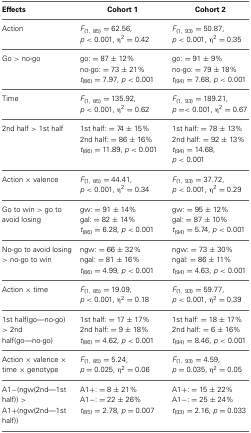
<table><thead><tr><td><b>Effects</b></td><td><b>Cohort 1</b></td><td><b>Cohort 2</b></td></tr></thead><tbody><tr><td>Action</td><td><i>F</i><sub>(1, 85)</sub> = 62.56, <i>p</i> &lt; 0.001, η<sup>2</sup> = 0.42</td><td><i>F</i><sub>(1, 93)</sub> = 50.87, <i>p</i> &lt; 0.001, η<sup>2</sup> = 0.35</td></tr><tr><td>Go &gt; no-go</td><td>go: = 87 ± 12% no-go: = 73 ± 21% <i>t</i><sub>(86)</sub> = 7.97, <i>p</i> &lt; 0.001</td><td>go: = 91 ± 9% no-go: = 79 ± 18% <i>t</i><sub>(94)</sub> = 7.68, <i>p</i> &lt; 0.001</td></tr><tr><td>Time</td><td><i>F</i><sub>(1, 85)</sub> = 135.92, <i>p</i> &lt; 0.001, η<sup>2</sup> = 0.62</td><td><i>F</i><sub>(1, 93)</sub> = 189.21, <i>p</i> = &lt; 0.001, η<sup>2</sup> = 0.67</td></tr><tr><td>2nd half &gt; 1st half</td><td>1st half: = 74 ± 15% 2nd half: = 86 ± 16% <i>t</i><sub>(86)</sub> = 11.89, <i>p</i> &lt; 0.001</td><td>1st half: = 78 ± 13% 2nd half: = 92 ± 13% <i>t</i><sub>(94)</sub> = 14.68, <i>p</i> &lt; 0.001</td></tr><tr><td>Action × valence</td><td><i>F</i><sub>(1, 85)</sub> = 44.41, <i>p</i> &lt; 0.001, η<sup>2</sup> = 0.34</td><td><i>F</i><sub>(1, 93)</sub> = 37.72, <i>p</i> &lt; 0.001, η<sup>2</sup> = 0.29</td></tr><tr><td>Go to win &gt; go to avoid losing</td><td>gw: = 91 ± 14% gal: = 82 ± 14% <i>t</i><sub>(86)</sub> = 6.28, <i>p</i> &lt; 0.001</td><td>gw: = 95 ± 12% gal: = 87 ± 10% <i>t</i><sub>(94)</sub> = 5.74, <i>p</i> &lt; 0.001</td></tr><tr><td>No-go to avoid losing &gt; no-go to win</td><td>ngw: = 66 ± 32% ngal: = 81 ± 16% <i>t</i><sub>(86)</sub> = 4.99, <i>p</i> &lt; 0.001</td><td>ngw: = 73 ± 30% ngal: = 86 ± 11% <i>t</i><sub>(94)</sub> = 4.63, <i>p</i> &lt; 0.001</td></tr><tr><td>Action × time</td><td><i>F</i><sub>(1, 85)</sub> = 19.09, <i>p</i> &lt; 0.001, η<sup>2</sup> = 0.18</td><td><i>F</i><sub>(1, 93)</sub> = 59.77, <i>p</i> &lt; 0.001, η<sup>2</sup> = 0.39</td></tr><tr><td>1st half(go—no-go) &gt; 2nd half(go—no-go)</td><td>1st half: = 17 ± 17% 2nd half: = 9 ± 18% <i>t</i><sub>(86)</sub> = 4.62, <i>p</i> &lt; 0.001</td><td>1st half: = 18 ± 17% 2nd half: = 6 ± 16% <i>t</i><sub>(94)</sub> = 8.46, <i>p</i> &lt; 0.001</td></tr><tr><td>Action × valence × time × genotype</td><td><i>F</i><sub>(1, 85)</sub> = 5.24, <i>p</i> = 0.025, η<sup>2</sup> = 0.06</td><td><i>F</i><sub>(1, 93)</sub> = 4.59, <i>p</i> = 0.035, η<sup>2</sup> = 0.05</td></tr><tr><td>A1−(ngw(2nd—1st half)) &gt; A1+(ngw(2nd—1st half))</td><td>A1+: = 8 ± 21% A1−: = 22 ± 26% <i>t</i><sub>(85)</sub> = 2.78, <i>p</i> = 0.007</td><td>A1+: = 15 ± 22% A1−: = 25 ± 24% <i>t</i><sub>(93)</sub> = 2.16, <i>p</i> = 0.033</td></tr></tbody></table>